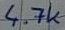
Text: 4.7k